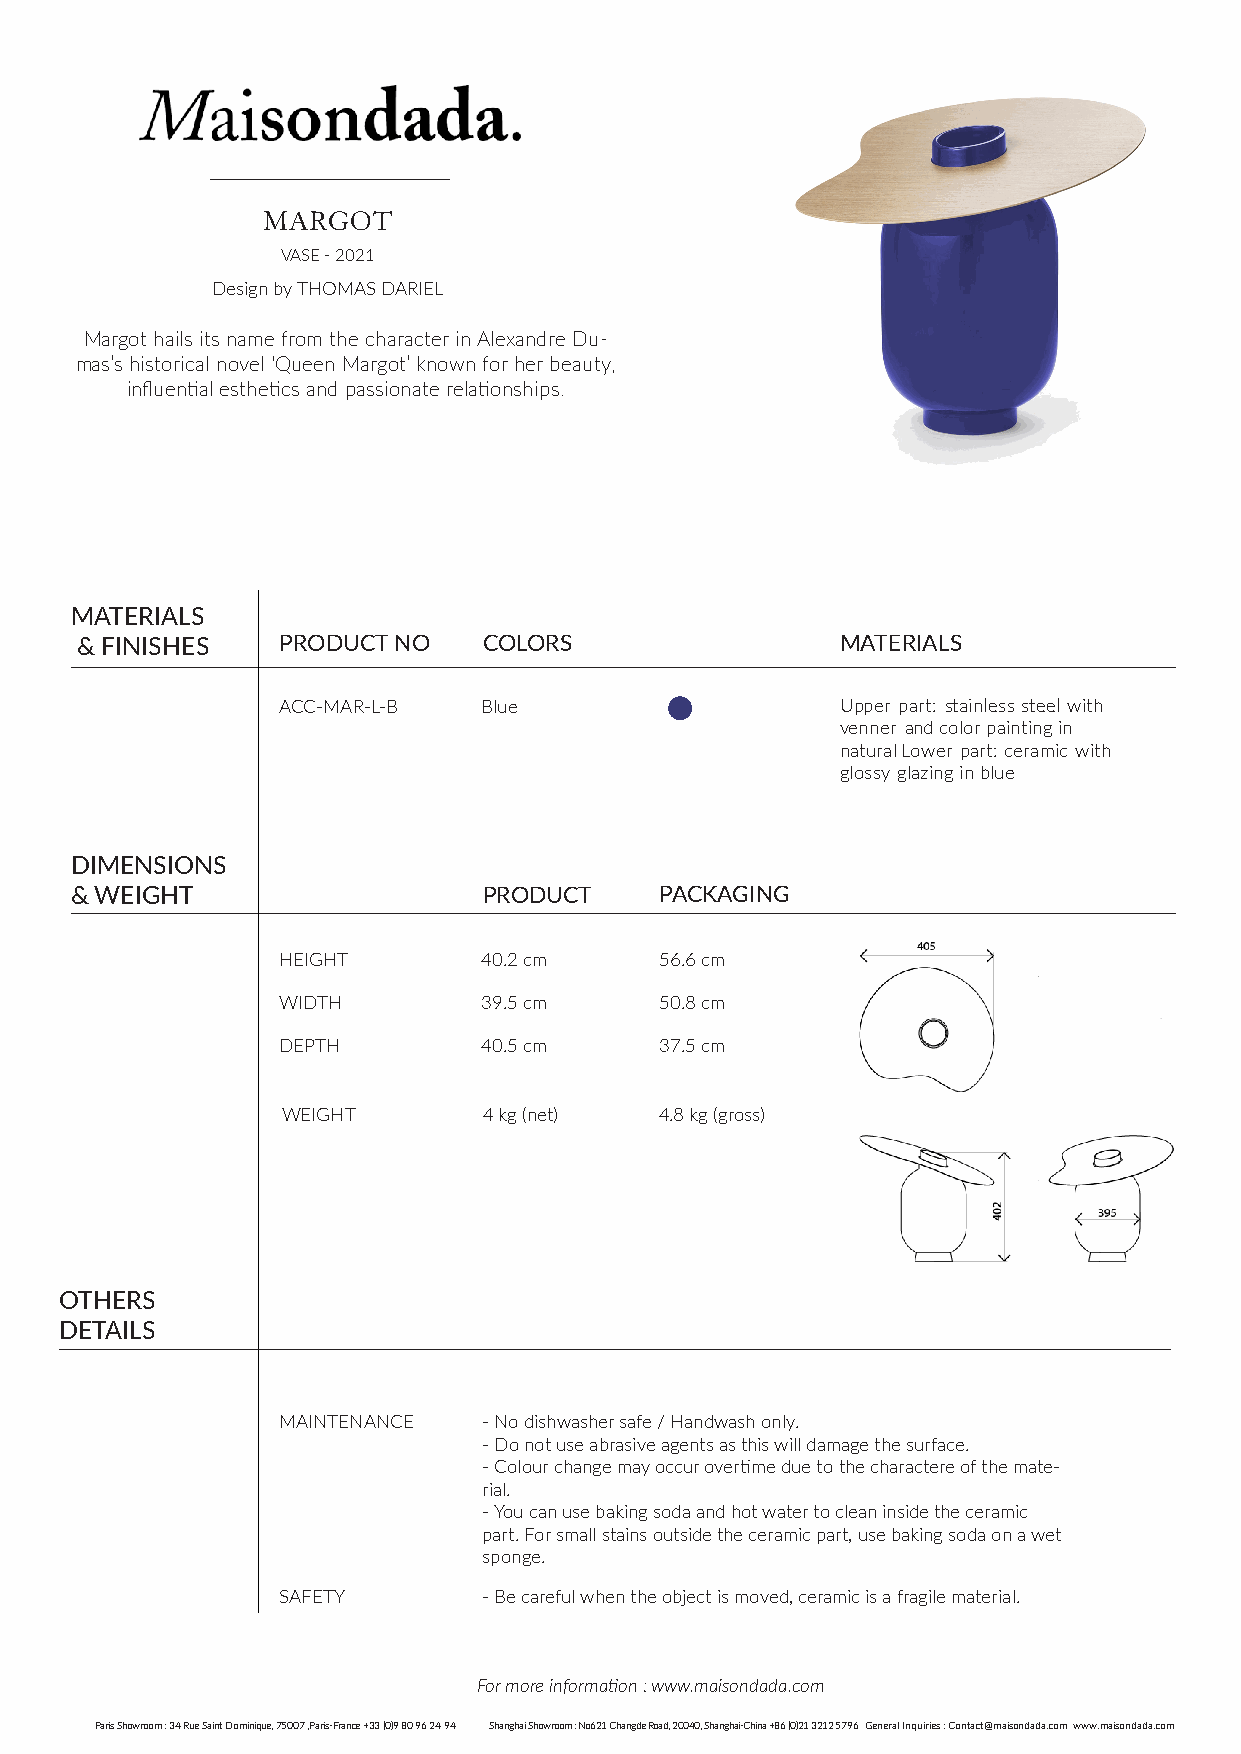
MARGOT
 VASE - 2021
 Design by THOMAS DARIEL
 Margot hails its name from the character in Alexandre Du-
 mas’s historical novel ‘Queen Margot’ known for her beauty,
 influential esthetics and passionate relationships.
 MATERIALS
 & FINISHES   PRODUCT NO    COLORS                  MATERIALS
 ACC-MAR-L-B   Blue                    Upper part: stainless steel with
 venner and color painting in
 natural Lower part: ceramic with
 glossy glazing in blue
 DIMENSIONS
 & WEIGHT                   PRODUCT     PACKAGING
 HEIGHT        40.2 cm     56.6 cm
 WIDTH         39.5 cm     50.8 cm
 DEPTH         40.5 cm     37.5 cm
 WEIGHT       4 kg (net)  4.8 kg (gross)
 OTHERS
 DETAILS
 MAINTENANCE   -No dishwasher safe / Handwash only.
 -Do not use abrasive agents as this will damage the surface.
 -Colour change may occur overtime due to the charactere of the mate-
 rial.
 -You can use baking soda and hot water to clean inside the ceramic
 part. For small stains outside the ceramic part, use baking soda on a wet
 sponge.
 SAFETY        -Be careful when the object is moved, ceramic is a fragile material.
 For more information : www.maisondada.com
 Paris Showroom : 34 Rue Saint Dominique, 75007 ,Paris-France +33 (0)9 80 96 24 94 Shanghai Showroom : No621 Changde Road, 20040, Shanghai-China +86 (0)21 3212 5796General Inquiries : Contact@maisondada.com www.maisondada.com